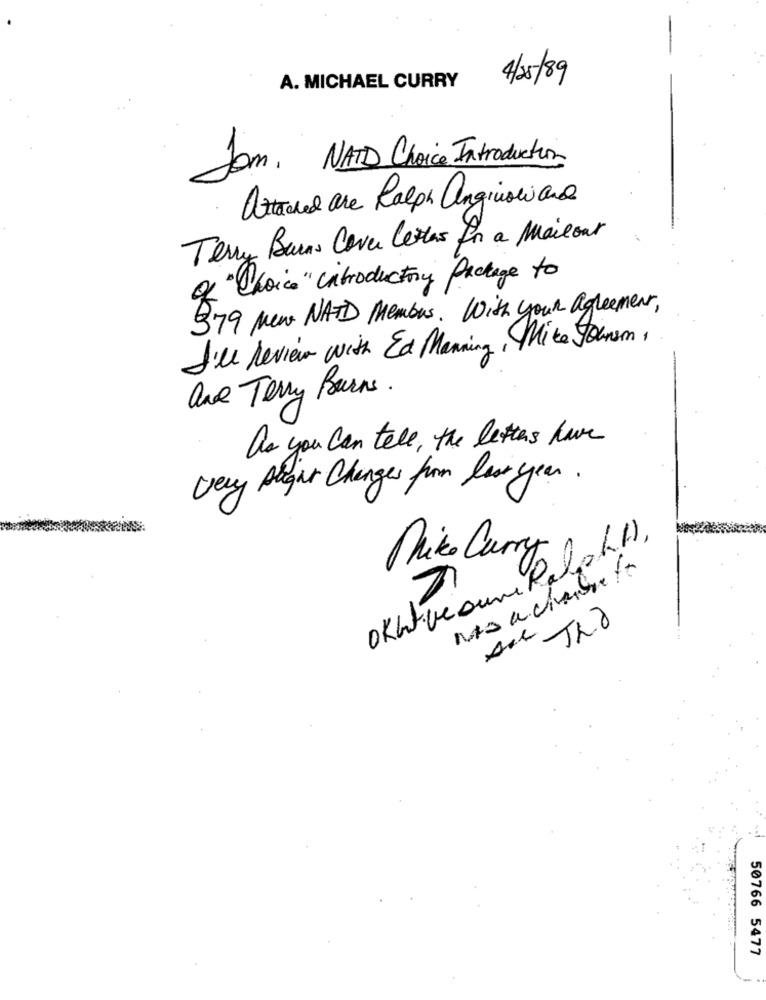
A. MICHAEL CURRY
4/5/89
Jan. NAID Choice Introduction
Attached are Ralph Angioniand
Terry Barns Cover letter for a Mailour
of Choice" introductory Package to
379 New NATD Members. With your Agreement,
I'll review with Ed Manning, Mike Johnson,
are Terry Barns.
as you can tele, the letters have
Very Algar Changes from last year.
OKhave aune Ralph A),
Plik Curry
50766 5477